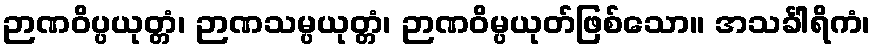
ဉာဏဝိပ္ပယုတ္တံ၊ ဉာဏသမ္ပယုတ္တံ၊ ဉာဏဝိမ္ပယုတ်ဖြစ်သော။ အသင်္ခါရိကံ၊